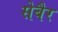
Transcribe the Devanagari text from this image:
सेबैर